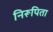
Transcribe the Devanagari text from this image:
निरूपिता